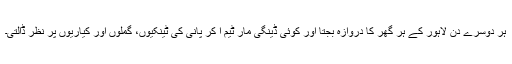
ہر دوسرے دن لاہور کے ہر گھر کا دروازہ بجتا اور کوئی ڈینگی مار ٹیم آ کر پانی کی ٹینکیوں، گملوں اور کیاریوں پر نظر ڈالتی۔